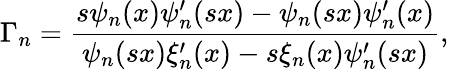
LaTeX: \Gamma_{n}=\frac{s\psi_{n}(x)\psi_{n}^{\prime}(sx)-\psi_{n}(sx)\psi_{n}^{\prime}(x)}{\psi_{n}(sx)\xi_{n}^{\prime}(x)-s\xi_{n}(x)\psi_{n}^{\prime}(sx)},